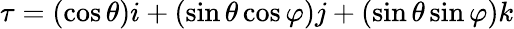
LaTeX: \tau=(\cos\theta)i+(\sin\theta\cos\varphi)j+(\sin\theta\sin\varphi)k